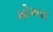
મોખરા